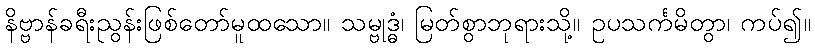
နိဗ္ဗာန်ခရီးညွန်းဖြစ်တော်မူထသော။ သမ္ဗုဒ္ဓံ၊ မြတ်စွာဘုရားသို့။ ဥပသင်္ကမိတွာ၊ ကပ်၍။